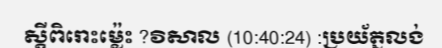
ស្តីពិរោះម្ល៉េះ ?វិសាល (10:40:24) :ប្រយ័ត្នលង់